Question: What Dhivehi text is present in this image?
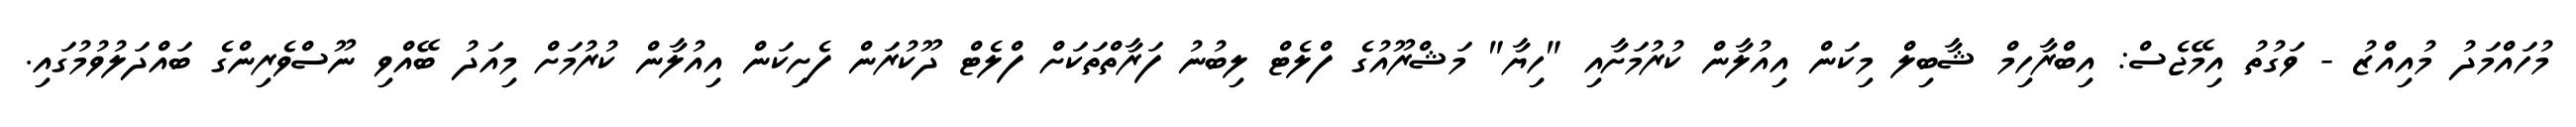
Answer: މުހައްމަދު މުއިއްޒު - ވަގުތު އިމޭޖެސް: އިބްރާހިމް ޝާބިލް މިކަން އިއުލާން ކުރުމަށާއި "ހިޔާ" މަޝްރޫއުގެ ފްލެޓް ލިބުނު ފަރާތްތަކަށް ފްލެޓް ދޫކުރަން ފެށިކަން އިއުލާން ކުރުމަށް މިއަދު ބޭއްވި ނޫސްވެރިންގެ ބައްދަލުވުމުގައި.